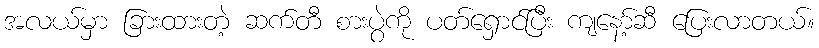
အလယ်မှာ ခြားထားတဲ့ ဆက်တီ စားပွဲကို ပတ်ရှောင်ပြီး ကျနော့်ဆီ ပြေးလာတယ်။